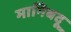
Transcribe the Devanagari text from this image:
मानिबदू